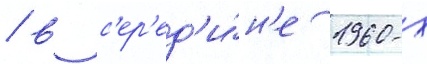
/ в с'ер'ед'и́н'е 1960-х